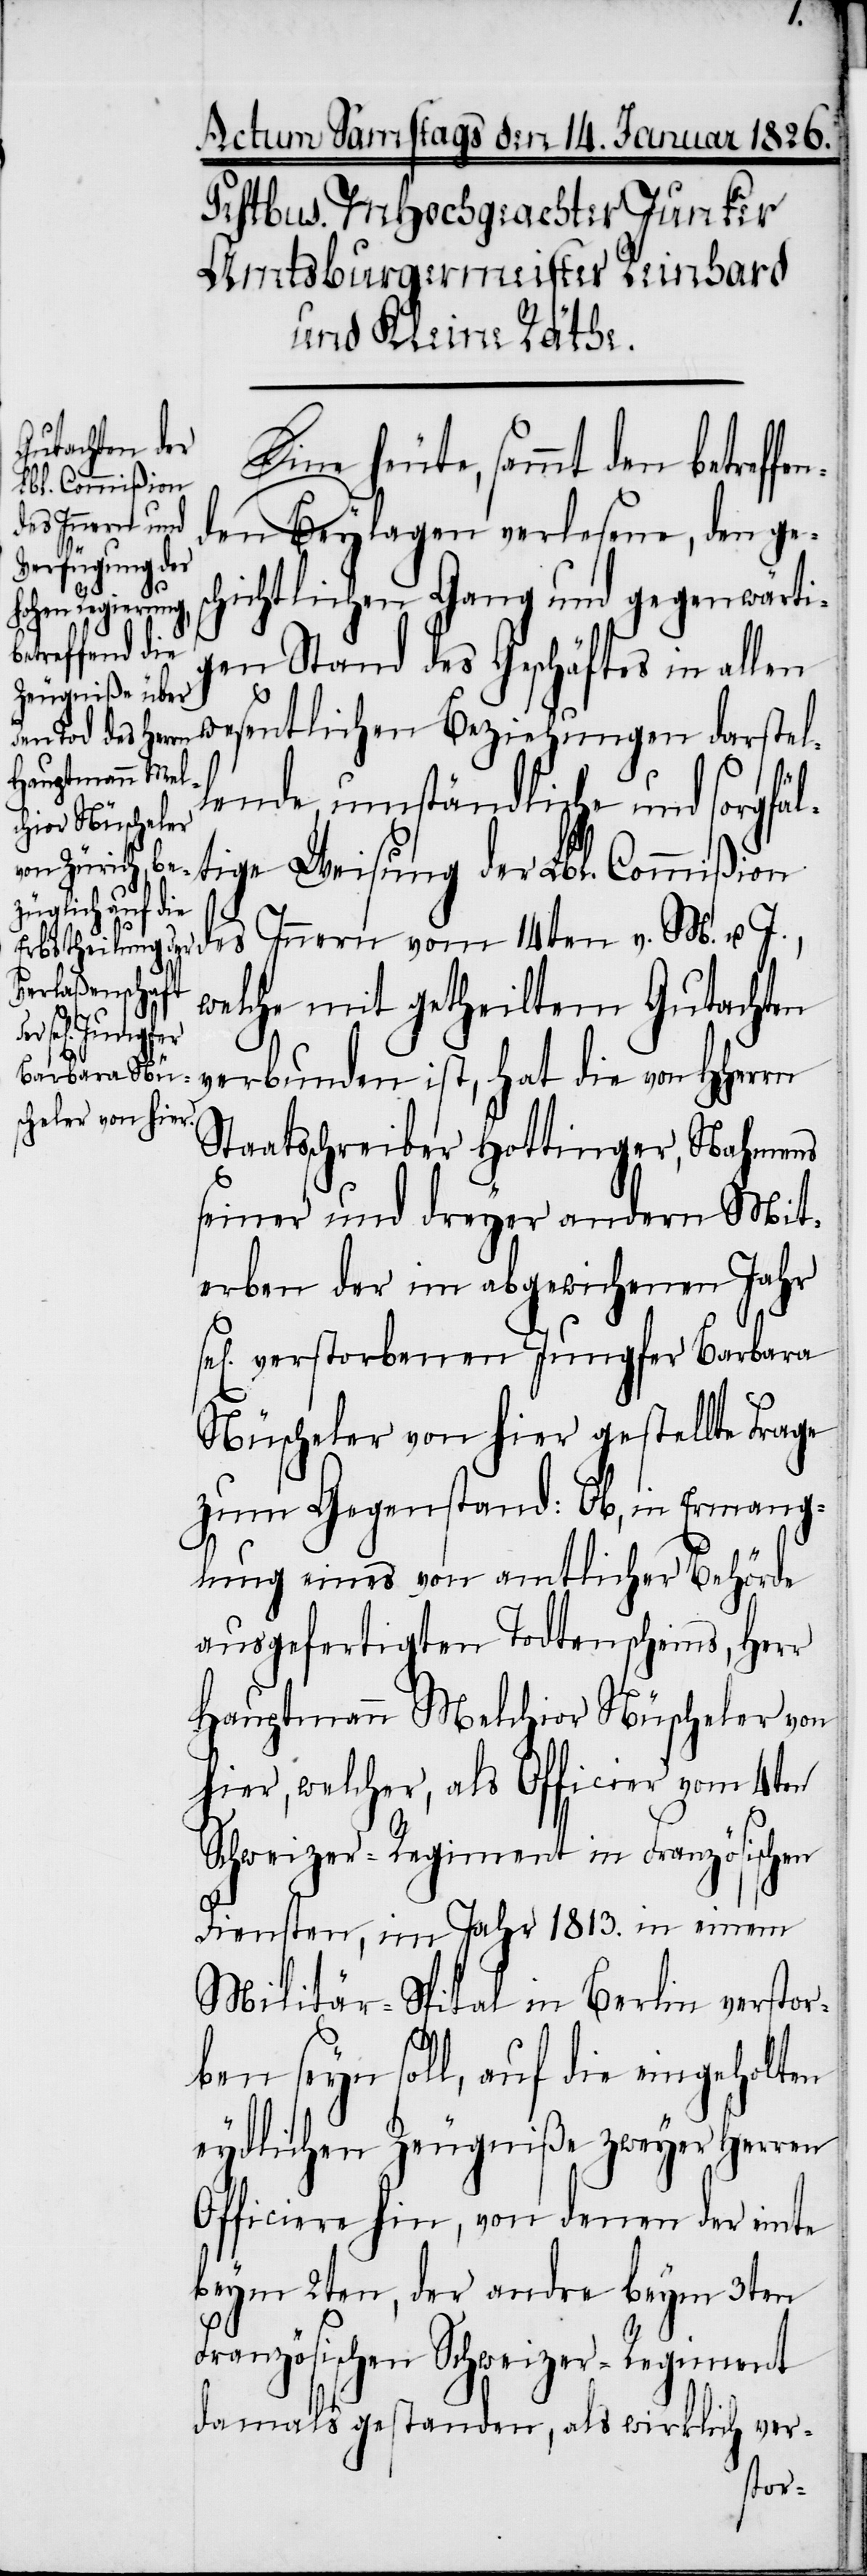
Eine heute, sammt den betreffe¬
des Innern vom
nden Beylagen verlesene, den ges¬
chichtlichen Gang und gegenwärti¬
gen Stand des Geschäftes in alle¬
n wesentlichen Beziehungen darstel¬
u. J.,
lende, umständliche und sorgfäl¬
tige Weisung der Lbl. Commißion
welche mit getheiltem Gutachten
verbunden ist, hat die von HHerrn
Staatsschreiber Hottinger, Nahmens
seiner und dreyer andern Mit¬
erben der im abgewichenen Jahr
verstorbenen Jungfer Barbara
Nüscheler von hier gestellte Frage
zum Gegenstand: Ob, in Ermange¬
lung eines von amtlicher Behörde
ausgefertigten Todtenscheins, Herr
Hauptmann Melchior Nüscheler von
hier, welcher, als Officier vom 4ten
Schweizer-Regiment in Französischen
Diensten, im Jahr 1813. in einem
Militär-Spital in Berlin verstor¬
ben seyn soll, auf die eingeholten
eydlichen Zeugniße zweyer Herren
Officiere hin, von denen der einte
beym 2ten, der andre beym 3ten
Französischen Schweizer-Regiment
damals gestanden, als wirklich ver-